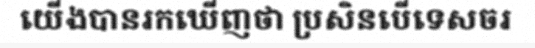
យើងបានរកឃើញថា ប្រសិនបើទេសចរ